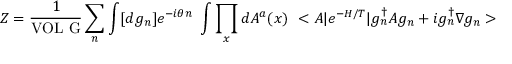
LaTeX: Z = \frac { 1 } { \mathrm { V O L ~ G } } \sum _ { n } \int [ d g _ { n } ] e ^ { - i \theta n } ~ \int \prod _ { x } d A ^ { a } ( x ) ~ < A \vert e ^ { - H / T } \vert g _ { n } ^ { \dagger } A g _ { n } + i g _ { n } ^ { \dagger } \nabla g _ { n } >